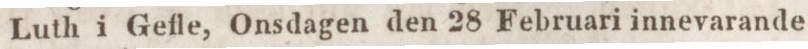
Luth i Gefle, Onsdagen den 28 Februari innevarande